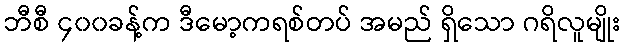
ဘီစီ ၄၀၀ခန့်က ဒီမော့ကရစ်တပ် အမည် ရှိသော ဂရိလူမျိုး